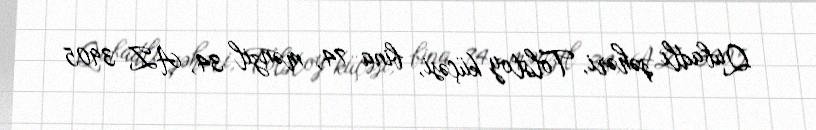
Qubadlı şəhəri, Tolstoy küçəsi, bina 74, mənzil 34, AZ 3905